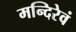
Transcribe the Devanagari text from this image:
मन्दिरेवं